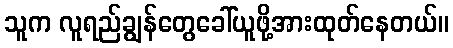
သူက လူရည်ချွန်တွေခေါ်ယူဖို့အားထုတ်နေတယ်။